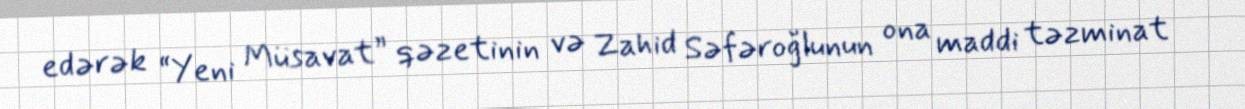
edərək “Yeni Müsavat” qəzetinin və Zahid Səfəroğlunun ona maddi təzminat